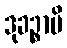
ဒုခဉ္စာပိ